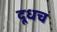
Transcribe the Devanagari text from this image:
दूधच